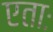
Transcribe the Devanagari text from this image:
एताः